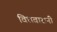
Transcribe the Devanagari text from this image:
विधवारानी